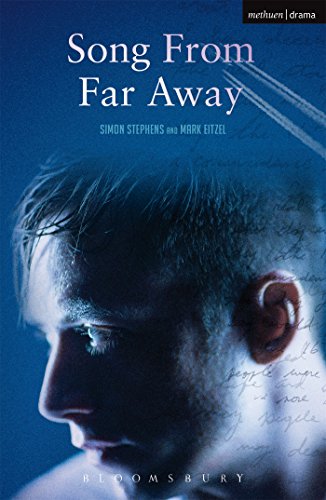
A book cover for Song from Far Away (Modern Plays); Simon Stephens; Literature & Fiction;